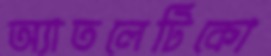
অ্যাতলেটিকো